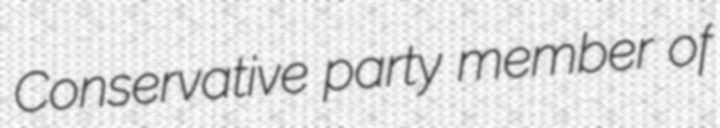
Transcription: Conservative party member of